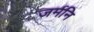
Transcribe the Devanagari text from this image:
जर्मनि